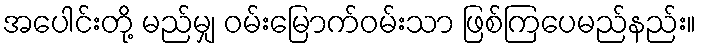
အပေါင်းတို့ မည်မျှ ဝမ်းမြောက်ဝမ်းသာ ဖြစ်ကြပေမည်နည်း။